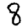
Digit: 8